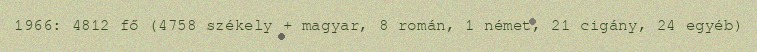
1966: 4812 fő (4758 székely + magyar, 8 román, 1 német, 21 cigány, 24 egyéb)